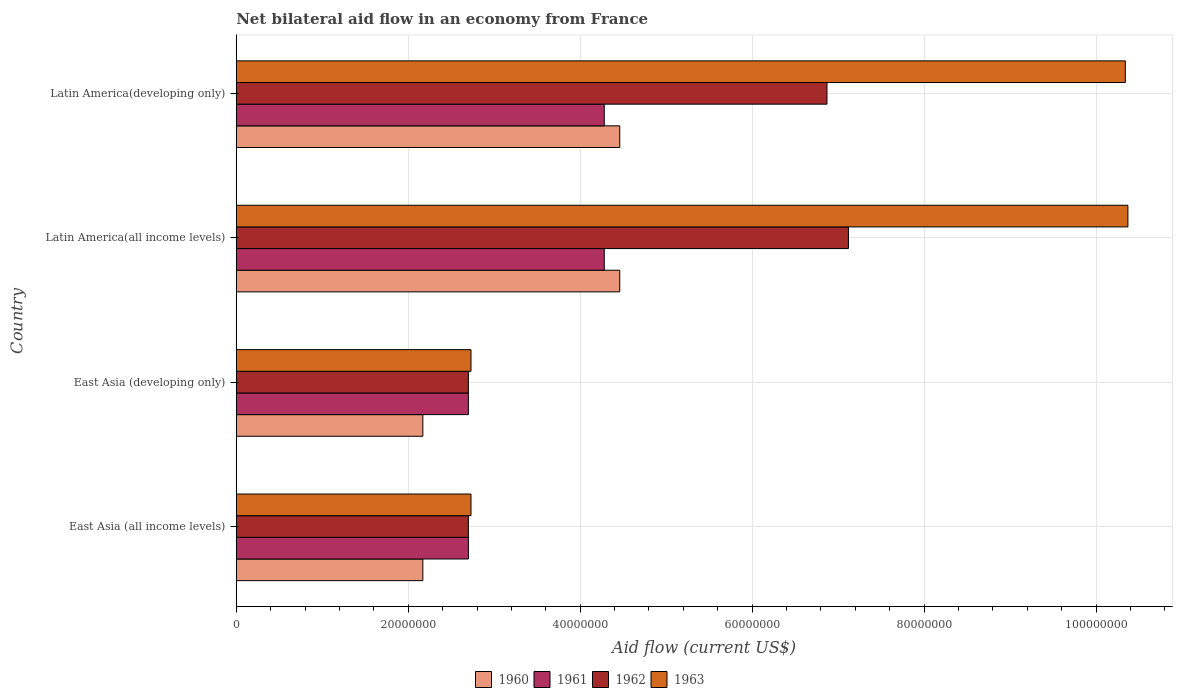
| Country | 1960 | 1961 | 1962 | 1963 |
 | --- | --- | --- | --- | --- |
 | East Asia (all income levels) | 2.17e+07 | 2.7e+07 | 2.7e+07 | 2.73e+07 |
 | East Asia (developing only) | 2.17e+07 | 2.7e+07 | 2.7e+07 | 2.73e+07 |
 | Latin America(all income levels) | 4.46e+07 | 4.28e+07 | 7.12e+07 | 1.04e+08 |
 | Latin America(developing only) | 4.46e+07 | 4.28e+07 | 6.87e+07 | 1.03e+08 |